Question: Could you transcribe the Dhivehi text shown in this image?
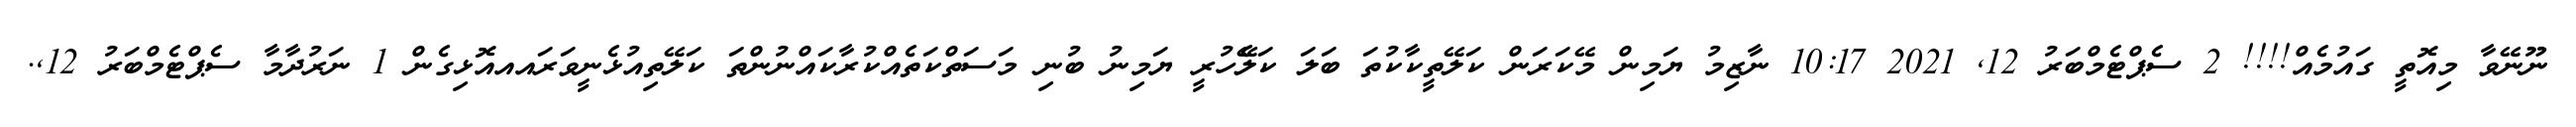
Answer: ނޫނޭވާ މިއޮތީ ގައުމެއް!!!! 2 ސެޕްޓެމްބަރު 12, 2021 10:17 ނާޒިމު ޔަމިން މޭކަރަން ކަލޭތީކާކުތަ ބަލަ ކަލެޭހުރީ ޔަމިނު ބުނި މަސަތްކަތެއްކުރާކައްނުންތަ ކަލޭތިއުޅެނީވަރައއއޮޅިގެން 1 ނަރުދާމާ ސެޕްޓެމްބަރު 12,.